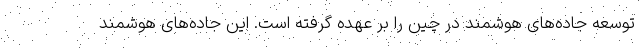
توسعه جاده‌های هوشمند در چین را بر عهده گرفته است. این جاده‌های هوشمند